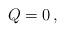
LaTeX: \begin{align*}Q=0\,,\end{align*}